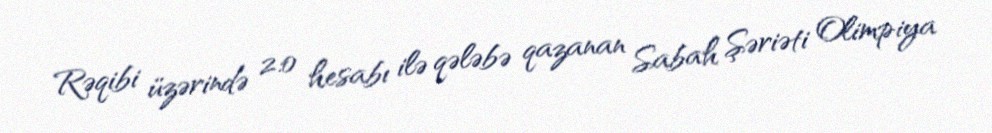
Rəqibi üzərində 2:0 hesabı ilə qələbə qazanan Sabah Şəriəti Olimpiya